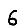
Digit: 6